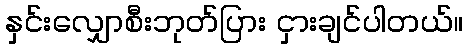
နှင်းလျှောစီးဘုတ်ပြား ငှားချင်ပါတယ်။